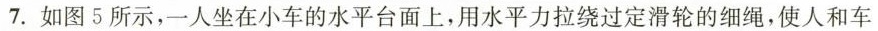
7.如图5所示，一人坐在小车的水平台面上，用水平力拉绕过定滑轮的细绳，使人和车